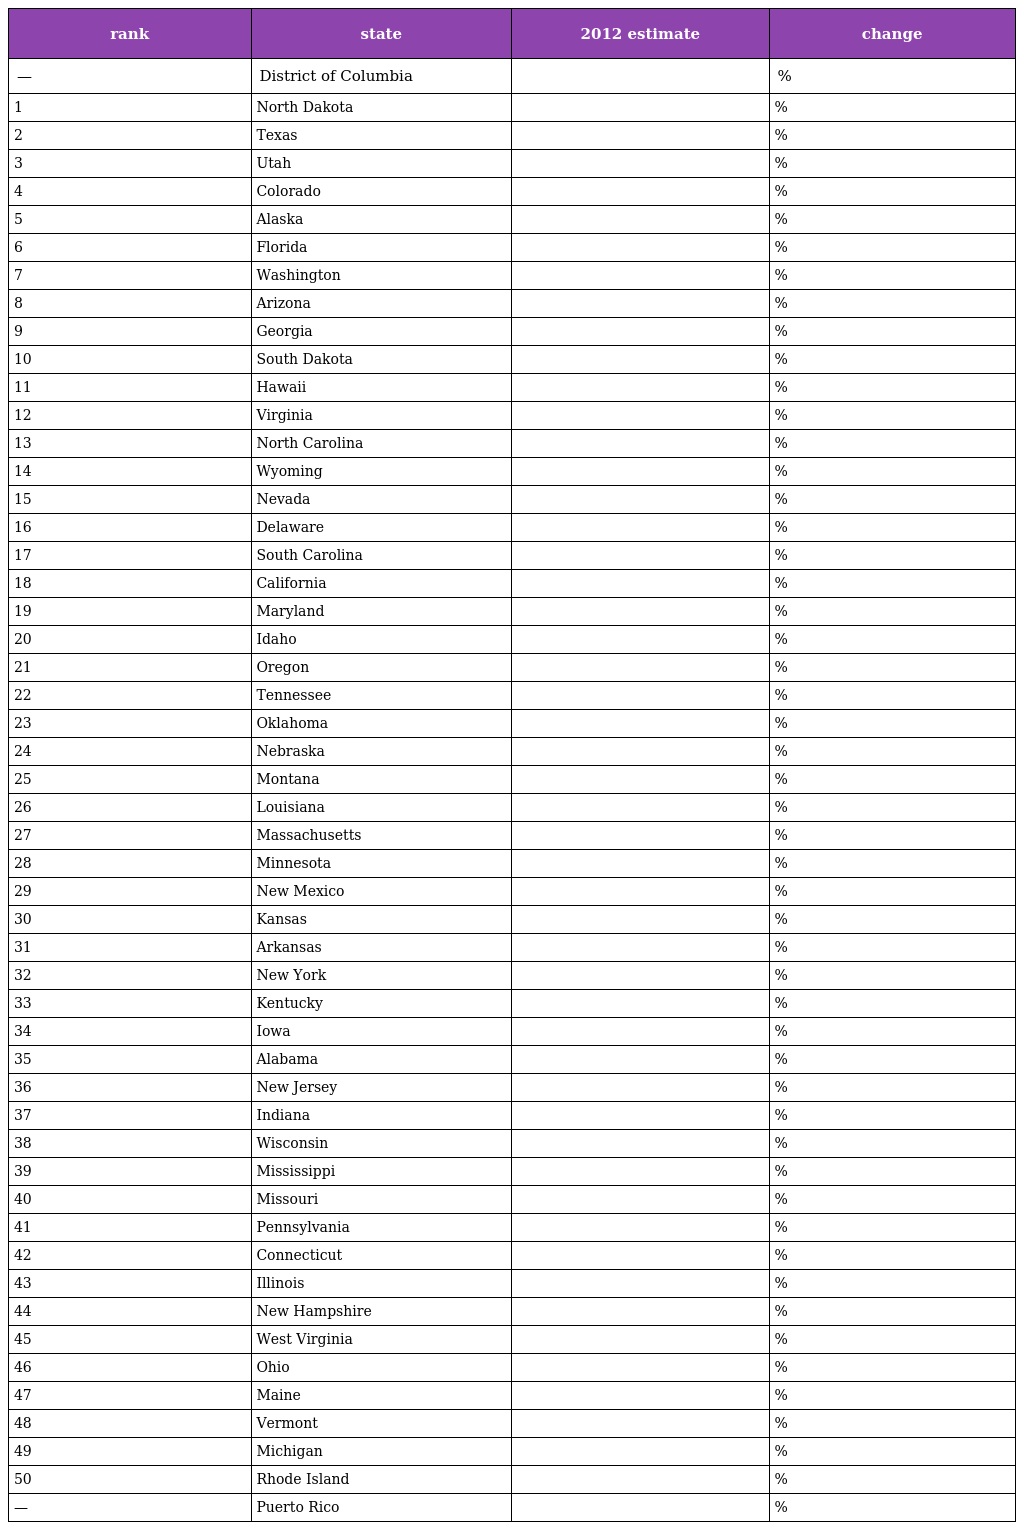
| rank | state | 2012 estimate | change |
 | --- | --- | --- | --- |
 | — | District of Columbia |  | % |
 | 1 | North Dakota |  | % |
 | 2 | Texas |  | % |
 | 3 | Utah |  | % |
 | 4 | Colorado |  | % |
 | 5 | Alaska |  | % |
 | 6 | Florida |  | % |
 | 7 | Washington |  | % |
 | 8 | Arizona |  | % |
 | 9 | Georgia |  | % |
 | 10 | South Dakota |  | % |
 | 11 | Hawaii |  | % |
 | 12 | Virginia |  | % |
 | 13 | North Carolina |  | % |
 | 14 | Wyoming |  | % |
 | 15 | Nevada |  | % |
 | 16 | Delaware |  | % |
 | 17 | South Carolina |  | % |
 | 18 | California |  | % |
 | 19 | Maryland |  | % |
 | 20 | Idaho |  | % |
 | 21 | Oregon |  | % |
 | 22 | Tennessee |  | % |
 | 23 | Oklahoma |  | % |
 | 24 | Nebraska |  | % |
 | 25 | Montana |  | % |
 | 26 | Louisiana |  | % |
 | 27 | Massachusetts |  | % |
 | 28 | Minnesota |  | % |
 | 29 | New Mexico |  | % |
 | 30 | Kansas |  | % |
 | 31 | Arkansas |  | % |
 | 32 | New York |  | % |
 | 33 | Kentucky |  | % |
 | 34 | Iowa |  | % |
 | 35 | Alabama |  | % |
 | 36 | New Jersey |  | % |
 | 37 | Indiana |  | % |
 | 38 | Wisconsin |  | % |
 | 39 | Mississippi |  | % |
 | 40 | Missouri |  | % |
 | 41 | Pennsylvania |  | % |
 | 42 | Connecticut |  | % |
 | 43 | Illinois |  | % |
 | 44 | New Hampshire |  | % |
 | 45 | West Virginia |  | % |
 | 46 | Ohio |  | % |
 | 47 | Maine |  | % |
 | 48 | Vermont |  | % |
 | 49 | Michigan |  | % |
 | 50 | Rhode Island |  | % |
 | — | Puerto Rico |  | % |